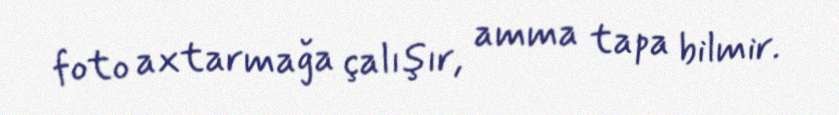
foto axtarmağa çalışır, amma tapa bilmir.